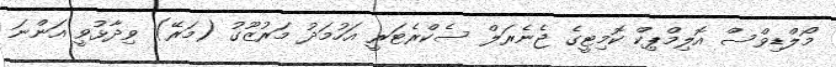
މޯލްޑިވްސް އޮލިމްޕިކް ކޮމިޓީގެ ޖެނެރަލް ސެކްރެޓަރީ އަހުމަދު މަރުޒޫގު (މަރޭ) ވިދާޅުވީ އަންނަ